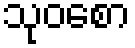
သုဝစော